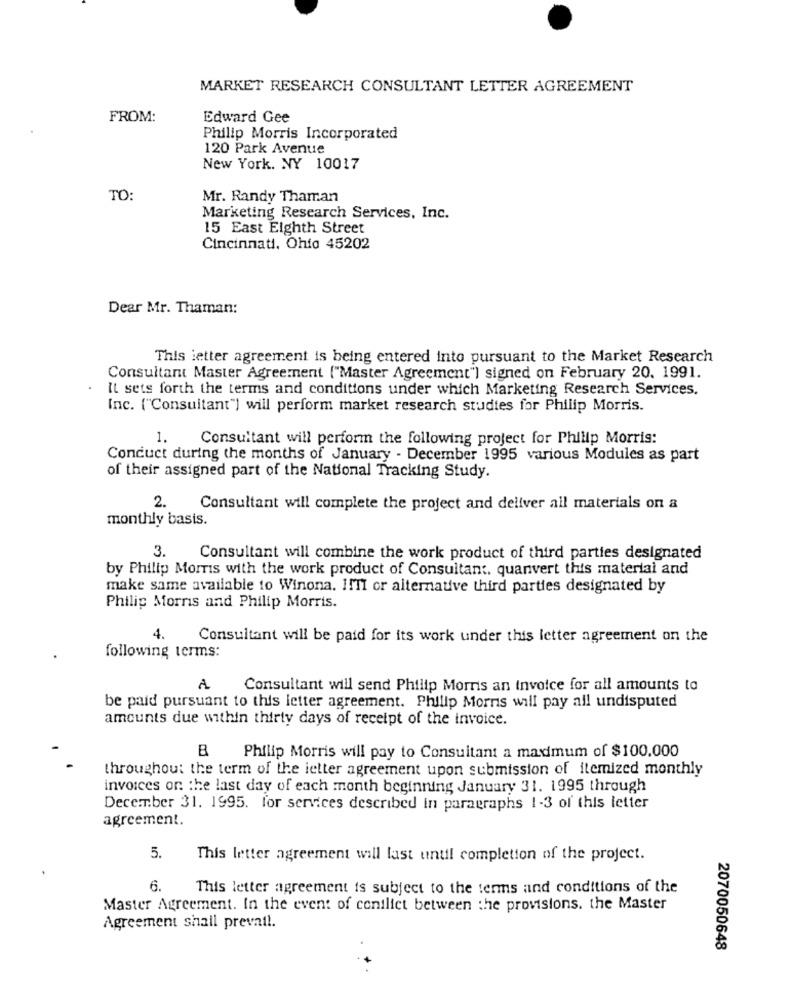
MARKET RESEARCH CONSULTANT LETTER AGREEMENT
FROM:
Edward Gee
Philip Morris Incorporated
120 Park Avenue
New York. NY 10017
TO:
Mr. Randy Thaman
Marketing Research Services, Inc.
15 East Eighth Street
Cincinnati, Ohio 45202
Dear Mr. Thaman:
This letter agreement is being entered into pursuant to the Market Research
Consultant Master Agreement ("Master Agreement") signed on February 20. 1991.
It sets forth the terms and conditions under which Marketing Research Services.
Inc. ("Consultant"] will perform market research studies for Philip Morris.
1.
Consultant will perform the following project for Philip Morris:
Conduct during the months of January - December 1995 various Modules as part
of their assigned part of the National Tracking Study.
2.
Consultant will complete the project and deliver all materials on a
monthly basis.
3.
Consultant will combine the work product of third parties designated
by Philip Morris with the work product of Consultant. quanvert this material and
make same available to Winona. I!TI or alternative third parties designated by
Philip Morris and Philip Morris.
4.
Consultant will be paid for its work under this letter agreement on the
following terms:
A
Consultant will send Philip Morris an invoice for all amounts to
be paid pursuant to this letter agreement. Philip Morris will pay all undisputed
amounts due within thirty days of receipt of the invoice.
B
Philip Morris will pay to Consultant a maximum of $100.000
throughout the term of the ietter agreement upon submission of itemized monthly
invoices on the last day of each month beginning January 31. 1995 through
December 31. 1995. for services described in paragraphs 1-3 of this letter
agreement.
5.
This letter agreement will last until completion of the project.
6.
This letter agreement is subject to the terms and conditions of the
Master Agreement. In the event of conflict between the provisions. the Master
Agreement shall prevail.
2070050648